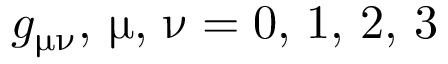
g _ { \upmu \upnu } , \, \upmu , \, \upnu = 0 , \, 1 , \, 2 , \, 3